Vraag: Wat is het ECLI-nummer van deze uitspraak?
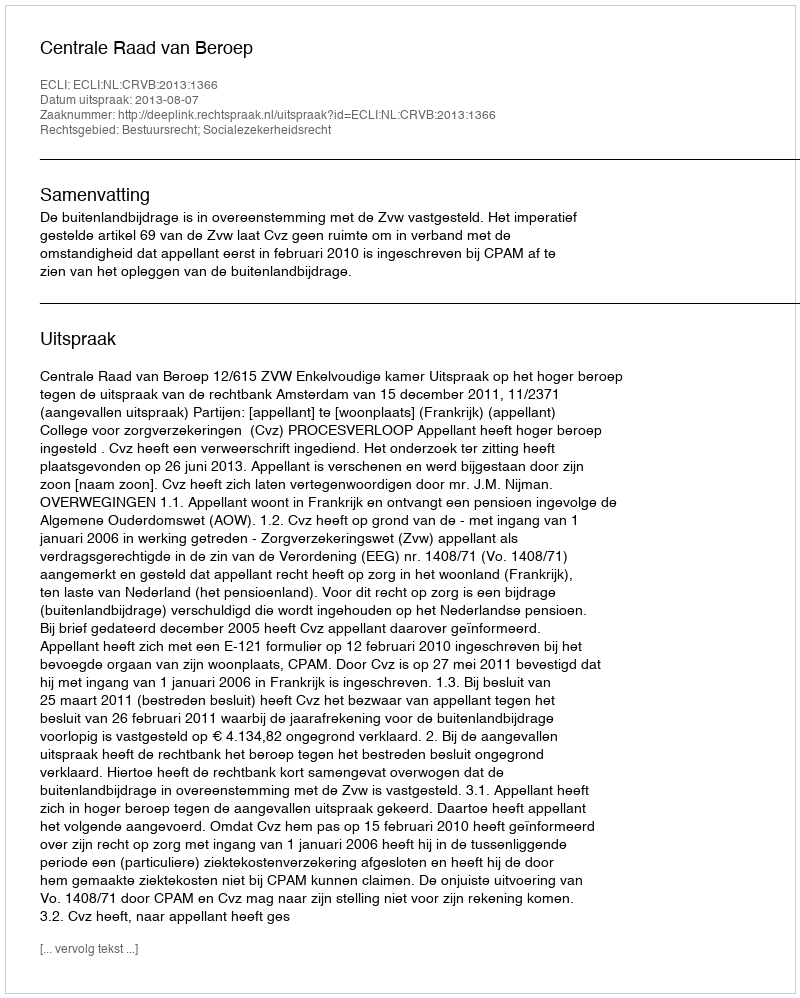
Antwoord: ECLI:NL:CRVB:2013:1366